Report on the working of the Ranchi Indian Mental Hospital, Kanke, in Bihar and Orissa - 1930-1940
Year: 1930
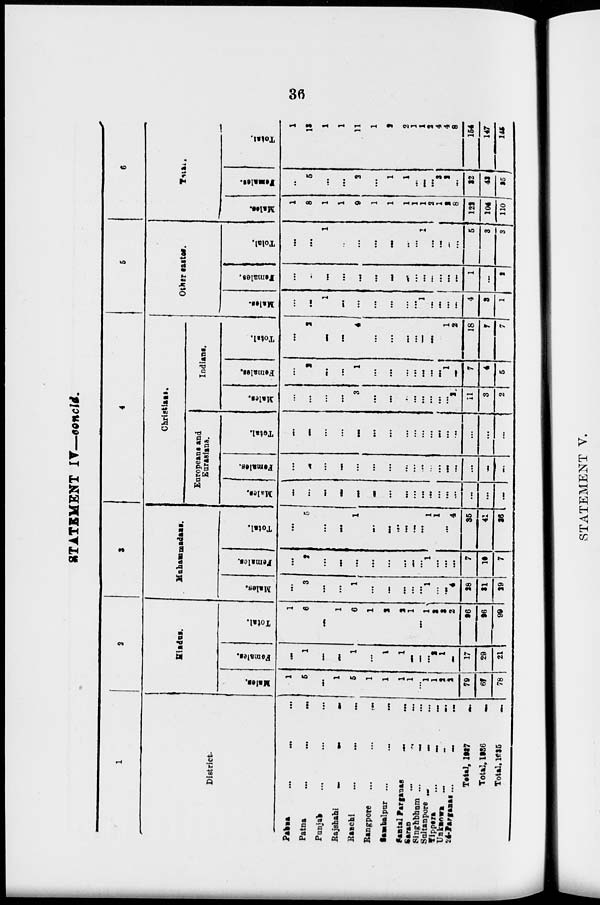
36
STATEMENT IV—concld.
1
District.
Pabna
...
...
...
Patna
...
...
...
Punjab ... ... ...
Rajshahi
...
...
...
Ranchi
...
...
...
Rangpore
...
...
...
Sambalpur ... ... ...
Santal Parganas
... ...
Saran
... ... ...
Singhbhum ...
... ...
Sultanpore ...
...
Tippera
...
...
...
Unknown
...
... ...
24-Parganas ... ... ...
Total, 1937 ...
Total, 1936 ...
Total. 1935
...
2
Hindus.
Males.
1
5
...
1
5
1
1
1
1
...
1
1
2
2
79
67
78
Females.
...
1
...
...
1
...
1
1
...
...
...
2
1
...
17
29
21
Total.
1
6
...
1
6
1
2
2
1
...
1
3
3
2
96
96
99
3
Muhammadans.
Males.
...
3
...
...
1
...
...
...
...
...
1
...
...
4
28
31
29
Females.
...
2
...
...
...
...
...
...
...
...
1
...
...
...
7
10
7
Total.
...
5
...
...
1
...
...
...
...
...
2
1
...
4
35
41
36
4
Christians.
Europeans and
Eurasians.
Males.
...
...
...
...
...
...
...
...
...
...
...
...
...
...
...
...
...
Females.
...
...
...
...
...
...
...
...
...
...
...
...
...
...
...
...
...
Total.
...
...
...
...
...
...
...
...
...
...
...
...
...
...
...
...
...
Indians.
Males.
...
...
...
...
3
...
...
...
...
...
...
...
...
2
11
3
2
Females.
...
2
...
...
1
...
...
...
...
...
...
...
1
...
7
4
5
Total.
...
2
...
...
4
...
...
...
...
...
...
...
1
2
18
7
7
5
Other castes.
Males.
...
...
1
...
...
...
...
...
...
1
...
...
...
...
4
3
1
Females.
...
...
...
...
...
...
...
...
...
...
...
...
...
...
1
...
2
Total.
...
...
1
...
...
...
...
...
...
1
...
...
...
...
5
3
3
6
Total.
Males.
1
8
1
1
9
1
1
1
1
1
2
1
2
8
122
104
110
Females.
...
5
...
...
2
...
1
1
...
...
...
3
2
...
32
43
35
Total.
1
13
1
1
11
1
2
2
1
1
2
4
4
8
154
147
145